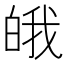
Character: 皒